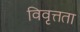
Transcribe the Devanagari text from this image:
विवृत्तता